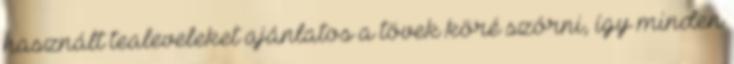
használt tealeveleket ajánlatos a tövek köré szórni, így minden